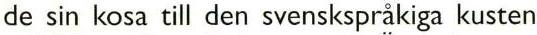
de sin kosa till den svenskspråkiga kusten